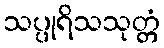
သပ္ပုရိသသုတ္တံ